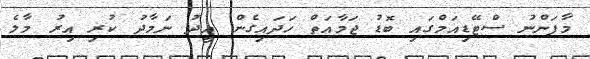
މާފަންނު ސްޓޭޑިއަމްގައި ބޮޑު ޖަމާއަތް ހަދައިގެން އީދު ނަމާދު ކުރި އިރު މާލެ